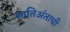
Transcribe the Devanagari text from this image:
जातिअंताची